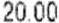
20.00